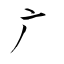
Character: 广